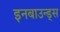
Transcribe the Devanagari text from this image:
इनबाउन्ड्स